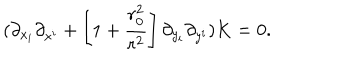
( \partial _ { x _ { i } } \partial _ { x ^ { i } } + \left[ 1 + { \frac { r _ { 0 } ^ { 2 } } { r ^ { 2 } } } \right] \partial _ { y _ { i } } \partial _ { y ^ { i } } ) K = 0 .